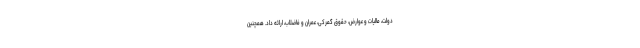
دولت، مالیات و عوارض، حقوق گمرکی، عمران و فاضلاب، ارائه داد. همچنین